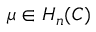
\mu \in H _ { n } ( C )